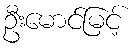
ဦးမောင်မြင့်